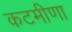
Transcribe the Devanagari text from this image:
कटमीणा